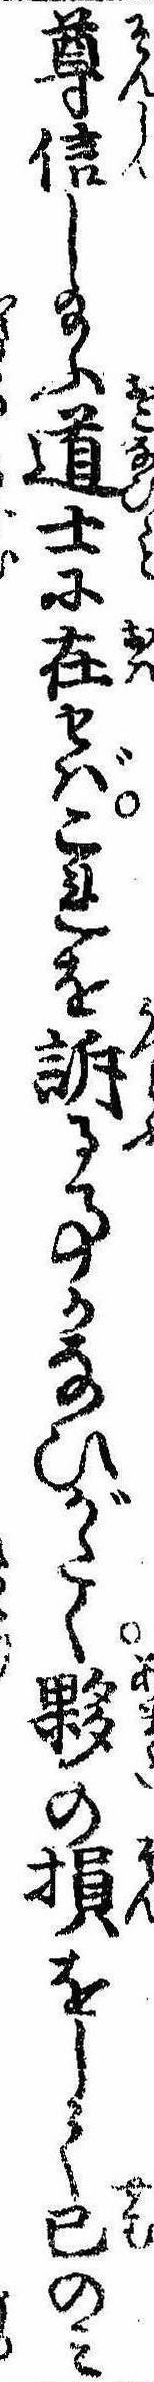
尊信し給ふ道士に在せばこれを訴る事かなひがたく夥の損をして已のみ